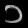
Digit: ၁